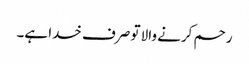
رحم کرنے والا تو صرف خدا ہے۔